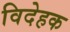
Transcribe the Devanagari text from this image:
विदेहक